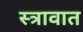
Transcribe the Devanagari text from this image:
स्त्रावात